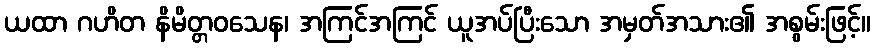
ယထာ ဂဟိတ နိမိတ္တဝသေန၊ အကြင်အကြင် ယူအပ်ပြီးသော အမှတ်အသား၏ အစွမ်းဖြင့်။